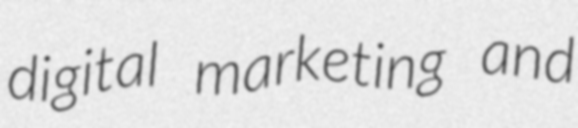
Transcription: digital marketing and